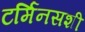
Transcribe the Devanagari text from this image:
टर्मिनसशी